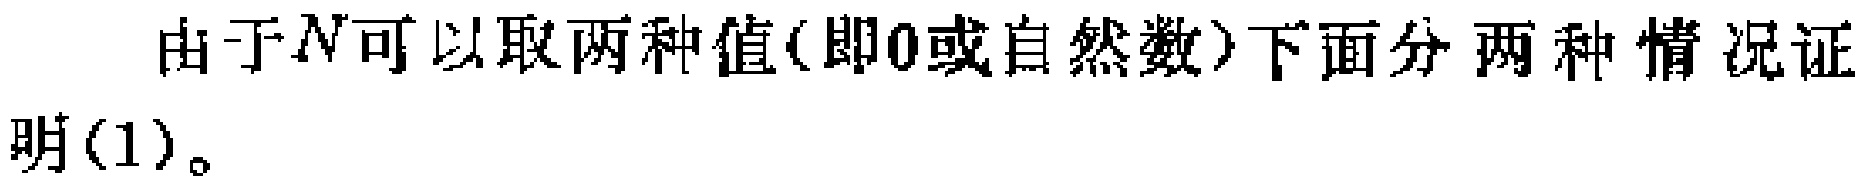
由于\(N\)可以取两种值(即\(0\)或自然数)下面分两种情况证明(1)。